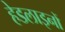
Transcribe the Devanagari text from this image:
हेडलाइनों